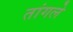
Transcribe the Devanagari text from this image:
तांगले